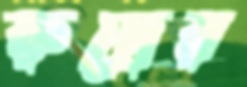
রুদ্রের